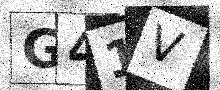
Text: G41V